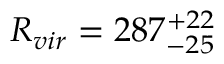
R _ { v i r } = 2 8 7 _ { - 2 5 } ^ { + 2 2 }